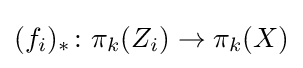
(f_{i})_{*}\colon \pi _{k}(Z_{i})\to \pi _{k}(X)